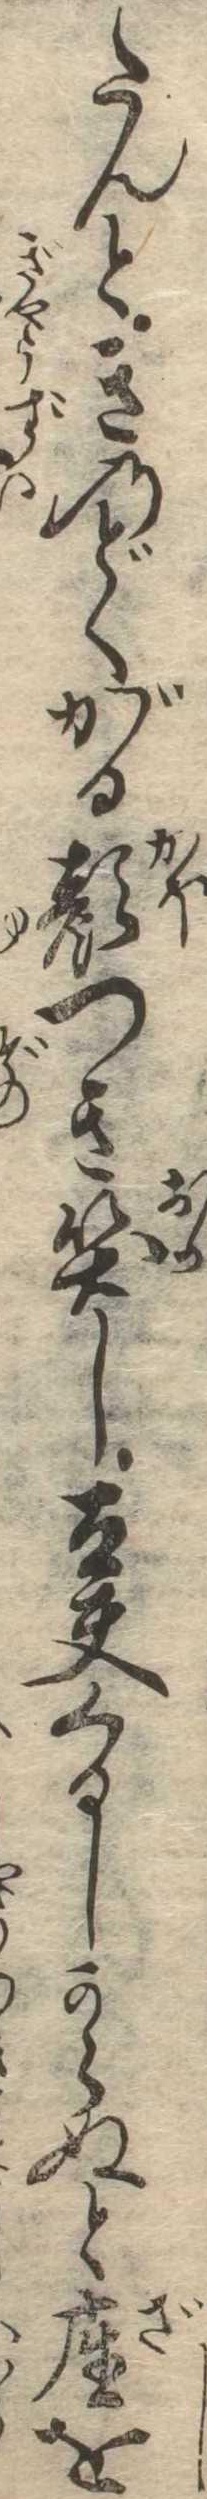
たんときのどくがる顔つき笑し太夫くるしからぬと座を